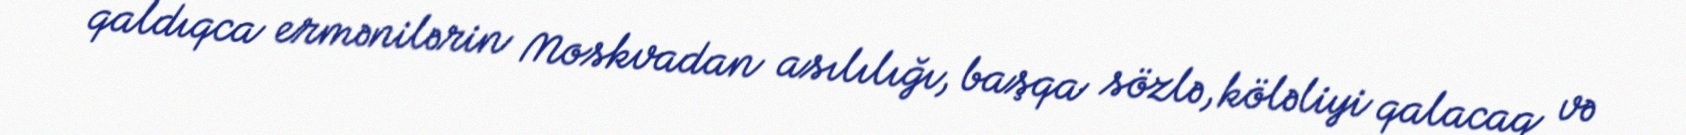
qaldıqca ermənilərin Moskvadan asılılığı, başqa sözlə, köləliyi qalacaq və